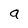
Character: a